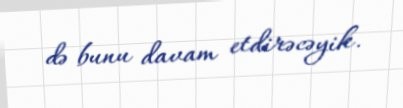
də bunu davam etdirəcəyik.